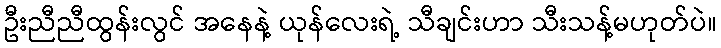
ဦးညီညီထွန်းလွင် အနေနဲ့ ယုန်လေးရဲ့ သီချင်းဟာ သီးသန့်မဟုတ်ပဲ။